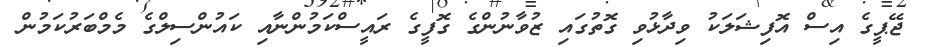
ޖޭޕީގެ އިސް އޮފިޝަލަކު ވިދާޅުވި ގޮތުގައި ޒުވާނުންގެ ގޮފީގެ ރައީސްކަމުންނާއި ކައުންސިލްގެ މެމްބަރުކަމުން